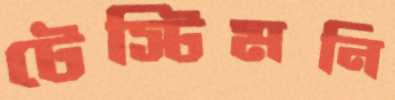
টেস্টিমনি